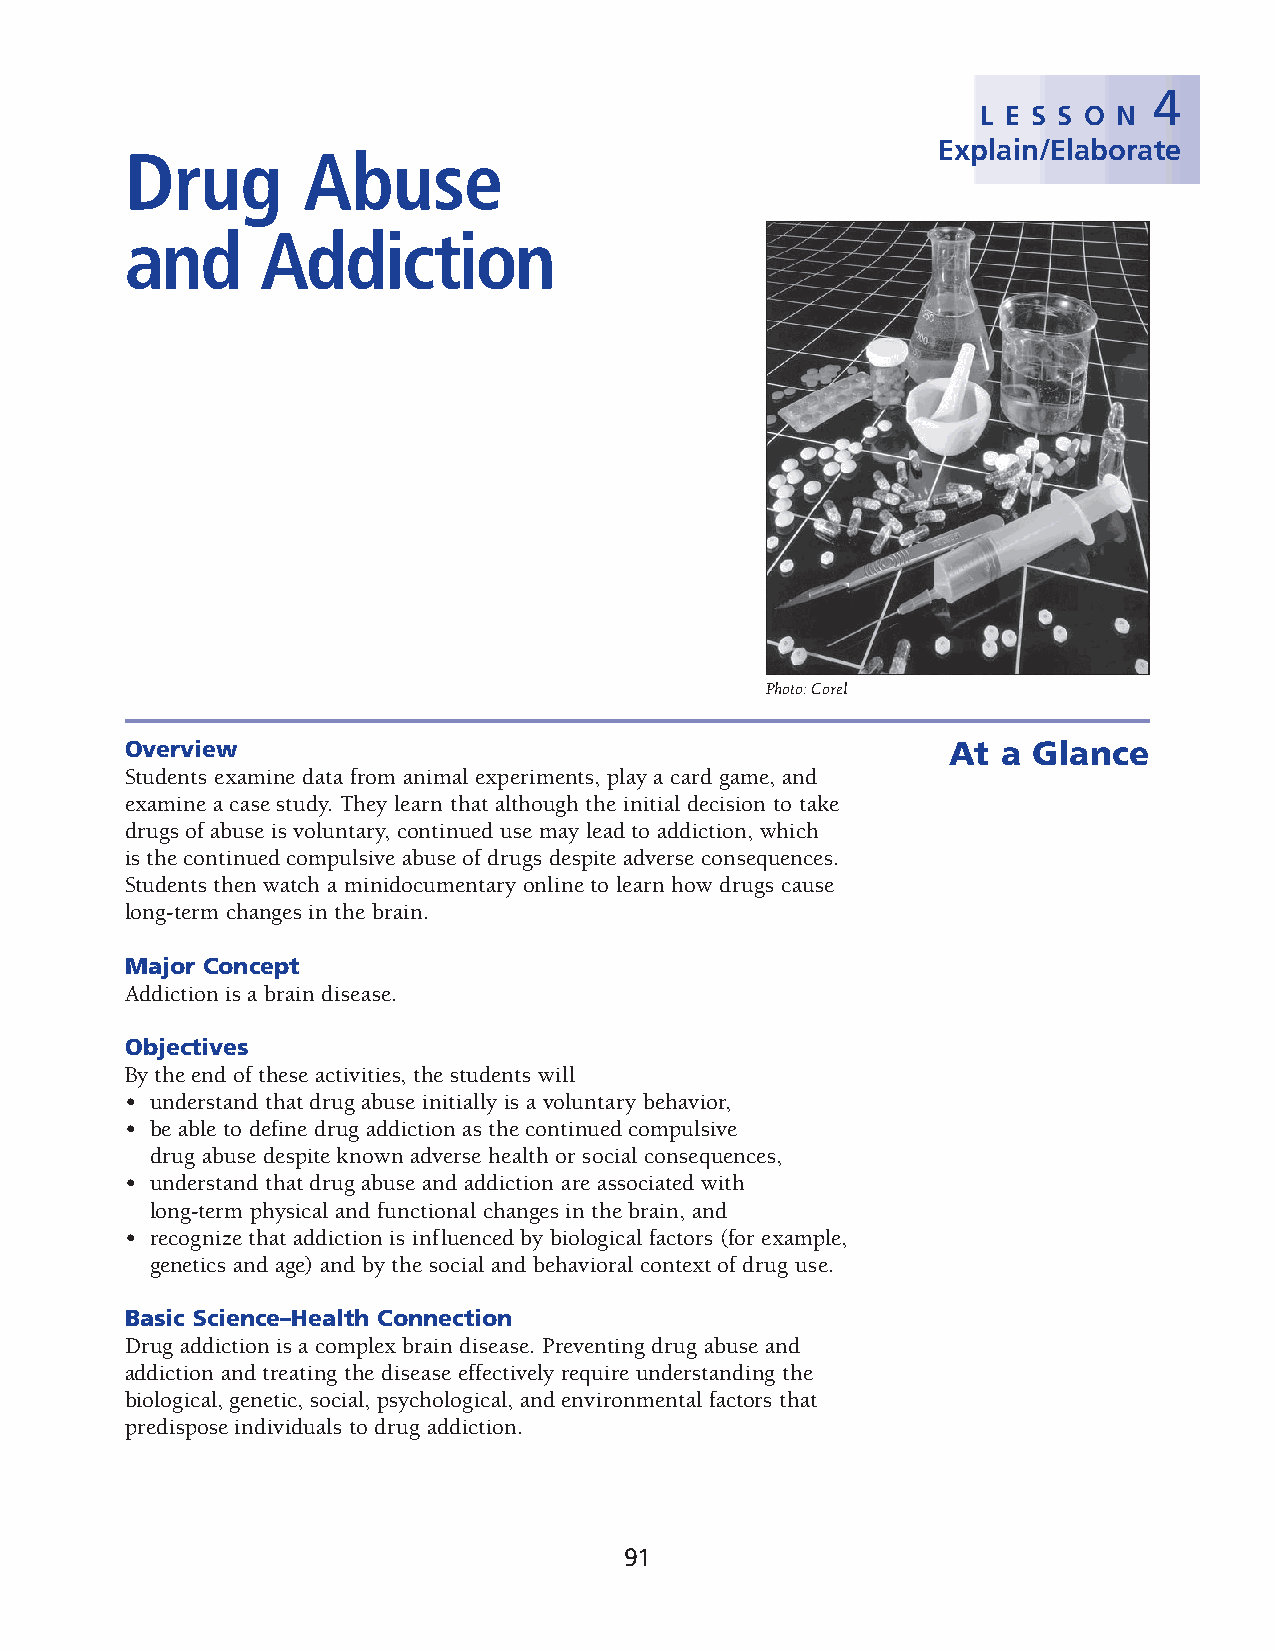
4
 L E S S O N
 Explain/Elaborate
 Drug        Abuse
 and      Addiction
 Photo: Corel
 Overview                                               At a Glance
 Students examine data from animal experiments, play a card game, and
 examine a case study. They learn that although the initial decision to take
 drugs of abuse is voluntary, continued use may lead to addiction, which
 is the continued compulsive abuse of drugs despite adverse consequences.
 Stu dents then watch a minidocumentary online to learn how drugs cause
 long-term changes in the brain.
 Major Concept
 Addiction is a brain disease.
 Objectives
 By the end of these activities, the students will
 • understand that drug abuse initially is a voluntary behavior,
 • be able to define drug addiction as the continued compulsive
 drug abuse despite known adverse health or social consequences,
 • understand that drug abuse and addiction are associated with
 long-term physical and functional changes in the brain, and
 • recognize that addiction is influenced by biological factors (for example,
 genetics and age) and by the social and behavioral context of drug use.
 Basic Science–Health Connection
 Drug addiction is a complex brain disease. Preventing drug abuse and
 addic tion and treating the disease effectively require understanding the
 biological, genetic, social, psychological, and environmental factors that
 predispose indi viduals to drug addiction.
 91